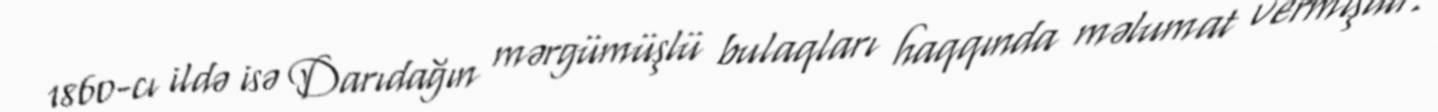
1860-cı ildə isə Darıdağın mərgümüşlü bulaqları haqqında məlumat vermişdir.